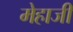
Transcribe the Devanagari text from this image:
मेहाजी